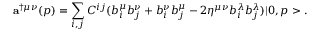
{ \bf a } ^ { \dag \mu \nu } ( p ) = \sum _ { i , j } C ^ { i j } ( b _ { i } ^ { \mu } b _ { j } ^ { \nu } + b _ { i } ^ { \nu } b _ { j } ^ { \mu } - 2 \eta ^ { \mu \nu } b _ { i } ^ { \lambda } b _ { j } ^ { \lambda } ) | 0 , p > .